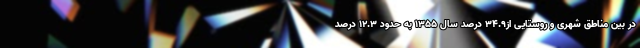
در بین مناطق شهری و روستایی از۳۴.۹ درصد سال ۱۳۵۵ به حدود ۱۲.۳ درصد